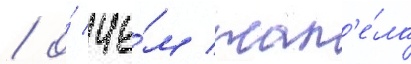
/ о́ че́м жал'е́ла